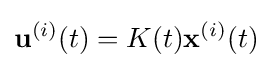
\mathbf {u} ^{(i)}(t)=K(t){\mathbf {x} }^{(i)}(t)